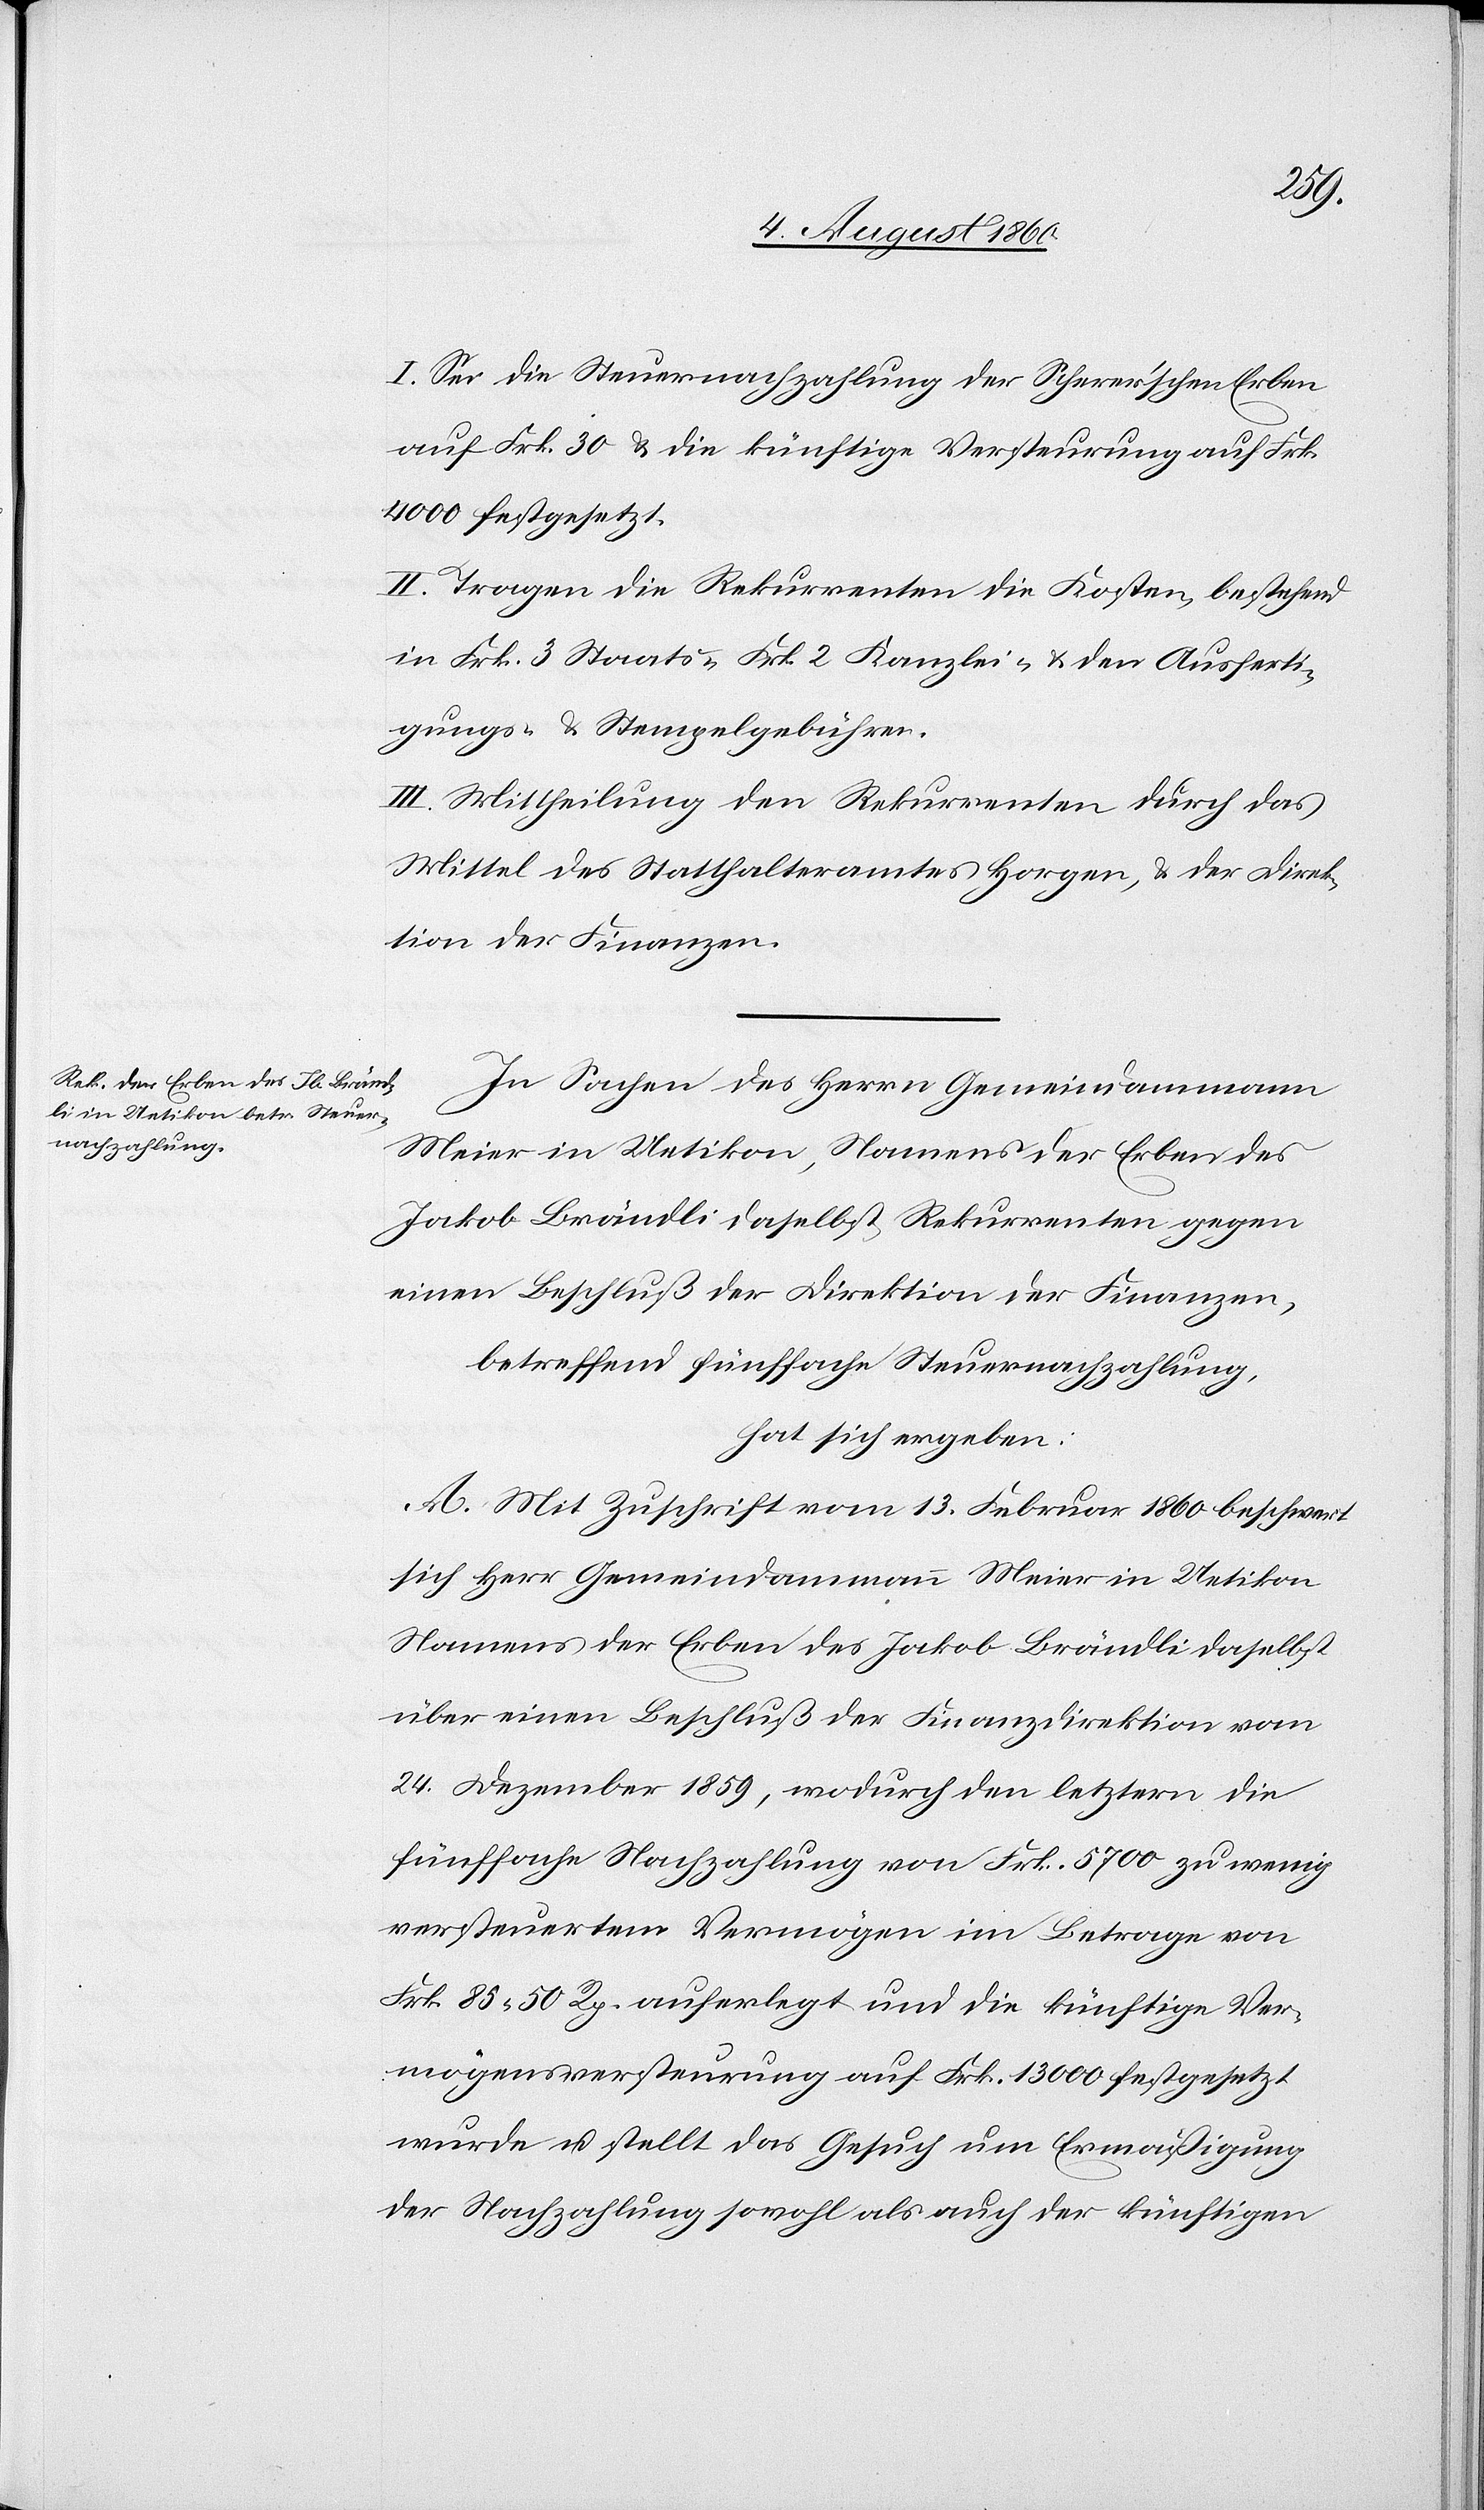
I. Sei die Steuernachzahlung der Schärerschen Erben
auf fcs. 30 und die künftige Versteurung auf fcs.
4000 festgesetzt.
II. Tragen die Rekurrenten die Kosten, bestehend
in fcs. 3 Staats- fcs. 2 Kanzlei- und den Ausferti¬
gungs- u. Stempelgebühren.
III. Mittheilung den Rekurrenten durch das
Mittel des Statthalteramtes Horgen und der Direk¬
tion der Finanzen.
In Sachen des Herrn Gemeindammann
Meier in Uetikon, Namens der Erben des
Jakob Brändli daselbst, Rekurrenten gegen
einen Beschluß der Direktion der Finanzen,
betreffend fünffache Steuernachzahlung
hat sich ergeben:
A. Mit Zuschrift vom 13. Februar 1860 beschwert
sich Herr Gemeindammann Meier in Uetikon,
Namens der Erben des Jakob Brändli daselbst
über einen Beschluss der Finanzdirektion vom
24. Dezember 1859, wodurch den Letztern die
fünffache Nachzahlung von fcs. 5700 zu wenig
versteuertem Vermögen im Betrage von
Frk. 85. 50C auferlegt und die künftige Ver¬
mögensversteurung auf Frk. 13 000 festgesetzt
wurde und stellt das Gesuch um Ermässigung
der Nachzahlung sowohl als auch der künftigen